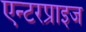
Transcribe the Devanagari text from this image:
एन्टरप्राइज